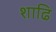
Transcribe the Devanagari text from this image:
शाढि